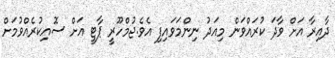
ދާއިރާ އަށް ވާދަ ކުރައްވަން މިއަދު ނިންމަވައިފި އެވެ.ޖުމްހޫރީ ޕާޓީ އަށް ސޮއިކުރެއްވުމަށް